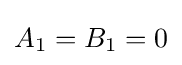
A_{1}=B_{1}=0